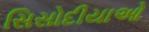
સિસોદીયાઓ